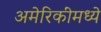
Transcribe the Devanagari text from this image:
अमेरिकींमध्ये